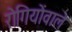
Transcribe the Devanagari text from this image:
रोगियोंवाले